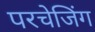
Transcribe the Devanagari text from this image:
परचेजिंग